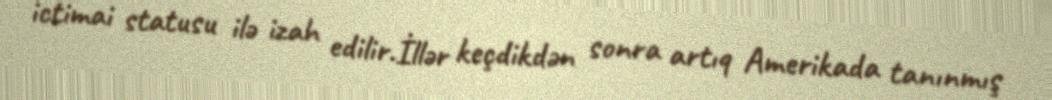
ictimai statusu ilə izah edilir.İllər keçdikdən sonra artıq Amerikada tanınmış